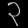
Digit: ၃